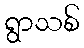
ရွာသစ်